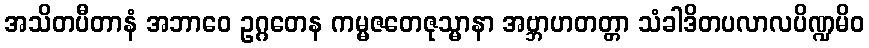
အသိတပီတာနံ အဘာဝေ ဥဂ္ဂတေန ကမ္မဇတေဇုသ္မာနာ အဗ္ဘာဟတတ္တာ သံခါဒိတပလာလပိဏ္ဍမိဝ